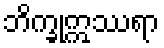
ဘိက္ခုဣဿရာ